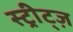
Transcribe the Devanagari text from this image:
स्ट्रीट्ज़